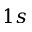
1 s